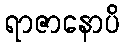
ရာဇာနောပိ